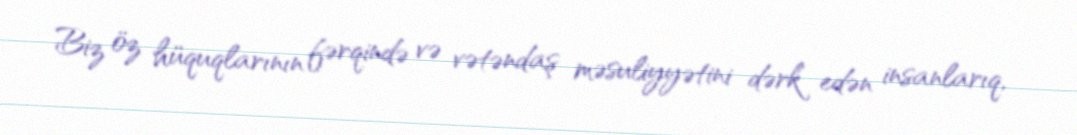
Biz öz hüquqlarının fərqində və vətəndaş məsuliyyətini dərk edən insanlarıq,